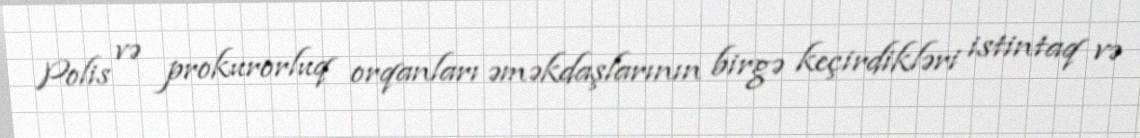
Polis və prokurorluq orqanları əməkdaşlarının birgə keçirdikləri istintaq və